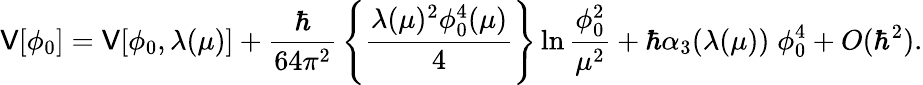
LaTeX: {\cal\mathsf{V}}[\phi_{0}]=\mathsf{V}[\phi_{0},\lambda(\mu)]+{\frac{{\hbar}}{{64\pi^{2}}}}\left\{ {\frac{{\lambda(\mu)^{2}\phi_{0}^{4}(\mu)}}{{4}}}\right\} \ln{\frac{{\phi_{0}^{2}}}{{\mu^{2}}}}+\hbar\alpha_{3}(\lambda(\mu))\; \phi_{0}^{4}+O(\hbar^{2}).